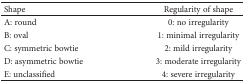
| Shape | Regularity of shape |
 | --- | --- |
 | A: round | 0: no irregularity |
 | B: oval | 1: minimal irregularity |
 | C: symmetric bowtie | 2: mild irregularity |
 | D: asymmetric bowtie | 3: moderate irregularity |
 | E: unclassified | 4: severe irregularity |